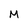
Character: M